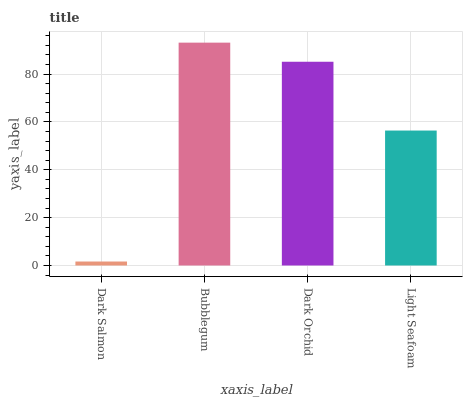
| xaxis_label | bars |
 | --- | --- |
 | Dark Salmon | 1.66 |
 | Bubblegum | 93.1 |
 | Dark Orchid | 85.1 |
 | Light Seafoam | 56.4 |